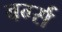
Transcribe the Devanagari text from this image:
बर्ग्स